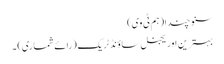
سنو چندا (ہم ٹی وی)
بہترین اوریجنل ساؤنڈ ٹریک (رائے شماری) ۔